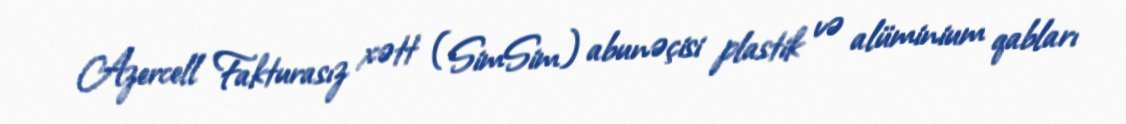
Azercell Fakturasız xətt (SimSim) abunəçisi plastik və alüminium qabları